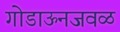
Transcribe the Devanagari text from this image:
गोडाऊनजवळ